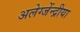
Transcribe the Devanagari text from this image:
अलेग्जेंन्द्रीया